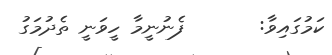
ކަމުގައިވާ:       ފެނުނީމާ ހީވަނީ ތެދުމަގު